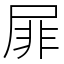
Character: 屝